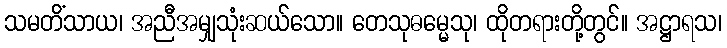
သမတိံသာယ၊ အညီအမျှသုံးဆယ်သော။ တေသုဓမ္မေသု၊ ထိုတရားတို့တွင်။ အဋ္ဌာရသ၊